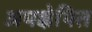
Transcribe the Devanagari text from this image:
अपक्षेपित